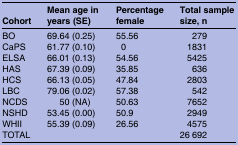
<table><thead><tr><td><b>Cohort</b></td><td><b>Mean age in years (SE)</b></td><td><b>Percentage female</b></td><td><b>Total sample size, n</b></td></tr></thead><tbody><tr><td>BO</td><td>69.64 (0.25)</td><td>55.56</td><td>279</td></tr><tr><td>CaPS</td><td>61.77 (0.10)</td><td>0</td><td>1831</td></tr><tr><td>ELSA</td><td>66.01 (0.13)</td><td>54.56</td><td>5425</td></tr><tr><td>HAS</td><td>67.39 (0.09)</td><td>35.85</td><td>636</td></tr><tr><td>HCS</td><td>66.13 (0.05)</td><td>47.84</td><td>2803</td></tr><tr><td>LBC</td><td>79.06 (0.02)</td><td>57.38</td><td>542</td></tr><tr><td>NCDS</td><td>50 (NA)</td><td>50.63</td><td>7652</td></tr><tr><td>NSHD</td><td>53.45 (0.00)</td><td>50.9</td><td>2949</td></tr><tr><td>WHII</td><td>55.39 (0.09)</td><td>26.56</td><td>4575</td></tr><tr><td>TOTAL</td><td></td><td></td><td>26 692</td></tr></tbody></table>